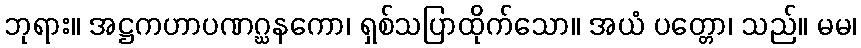
ဘုရား။ အဋ္ဌကဟာပဏဂ္ဃနကော၊ ရှစ်သပြာထိုက်သော။ အယံ ပတ္တော၊ သည်။ မမ၊